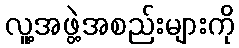
လူ့အဖွဲ့အစည်းများကို